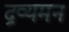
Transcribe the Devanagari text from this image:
द्रव्यमन